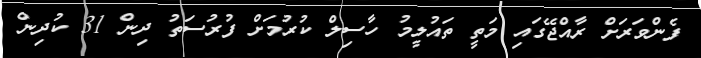
ފެންވަރަށް ރާއްޖޭގައި މަތީ ތައުލީމު ހާސިލް ކުރުމަަށް ފުރުސަތު ދިން 31 ކުދިން